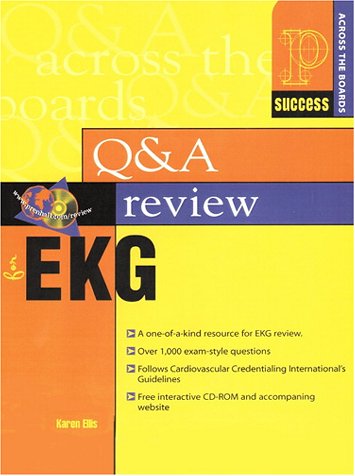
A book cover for Prentice Hall Health's Question and Answer Review of EKG; Karen Ellis; Medical Books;